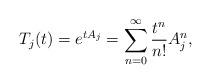
LaTeX: \begin{align*}T_j(t) = e^{tA_j} = \sum_{n=0}^{\infty} \dfrac{t^n}{n!} A_j^n,\end{align*}